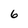
Character: 6